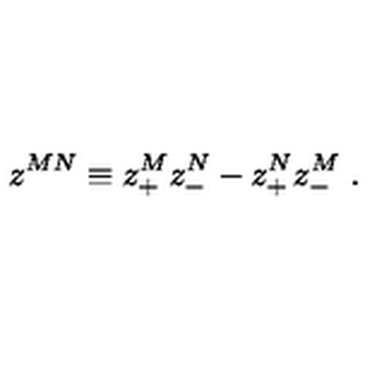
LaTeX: z ^ { M N } \equiv z _ { + } ^ { M } z _ { - } ^ { N } - z _ { + } ^ { N } z _ { - } ^ { M } \ .